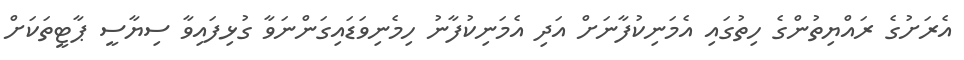
އެރަށުގެ ރައްޔިތުންގެ ހިތުގައި އެމަނިކުފާނަށް އަދި އެމަނިކުފާނު ހިމެނިވަޑައިގަންނަވާ ގުޅިފައިވާ ސިޔާސީ ޕާޓީތަކަށް